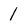
Character: 1